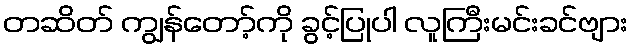
တဆိတ် ကျွန်တော့်ကို ခွင့်ပြုပါ လူကြီးမင်းခင်ဗျား